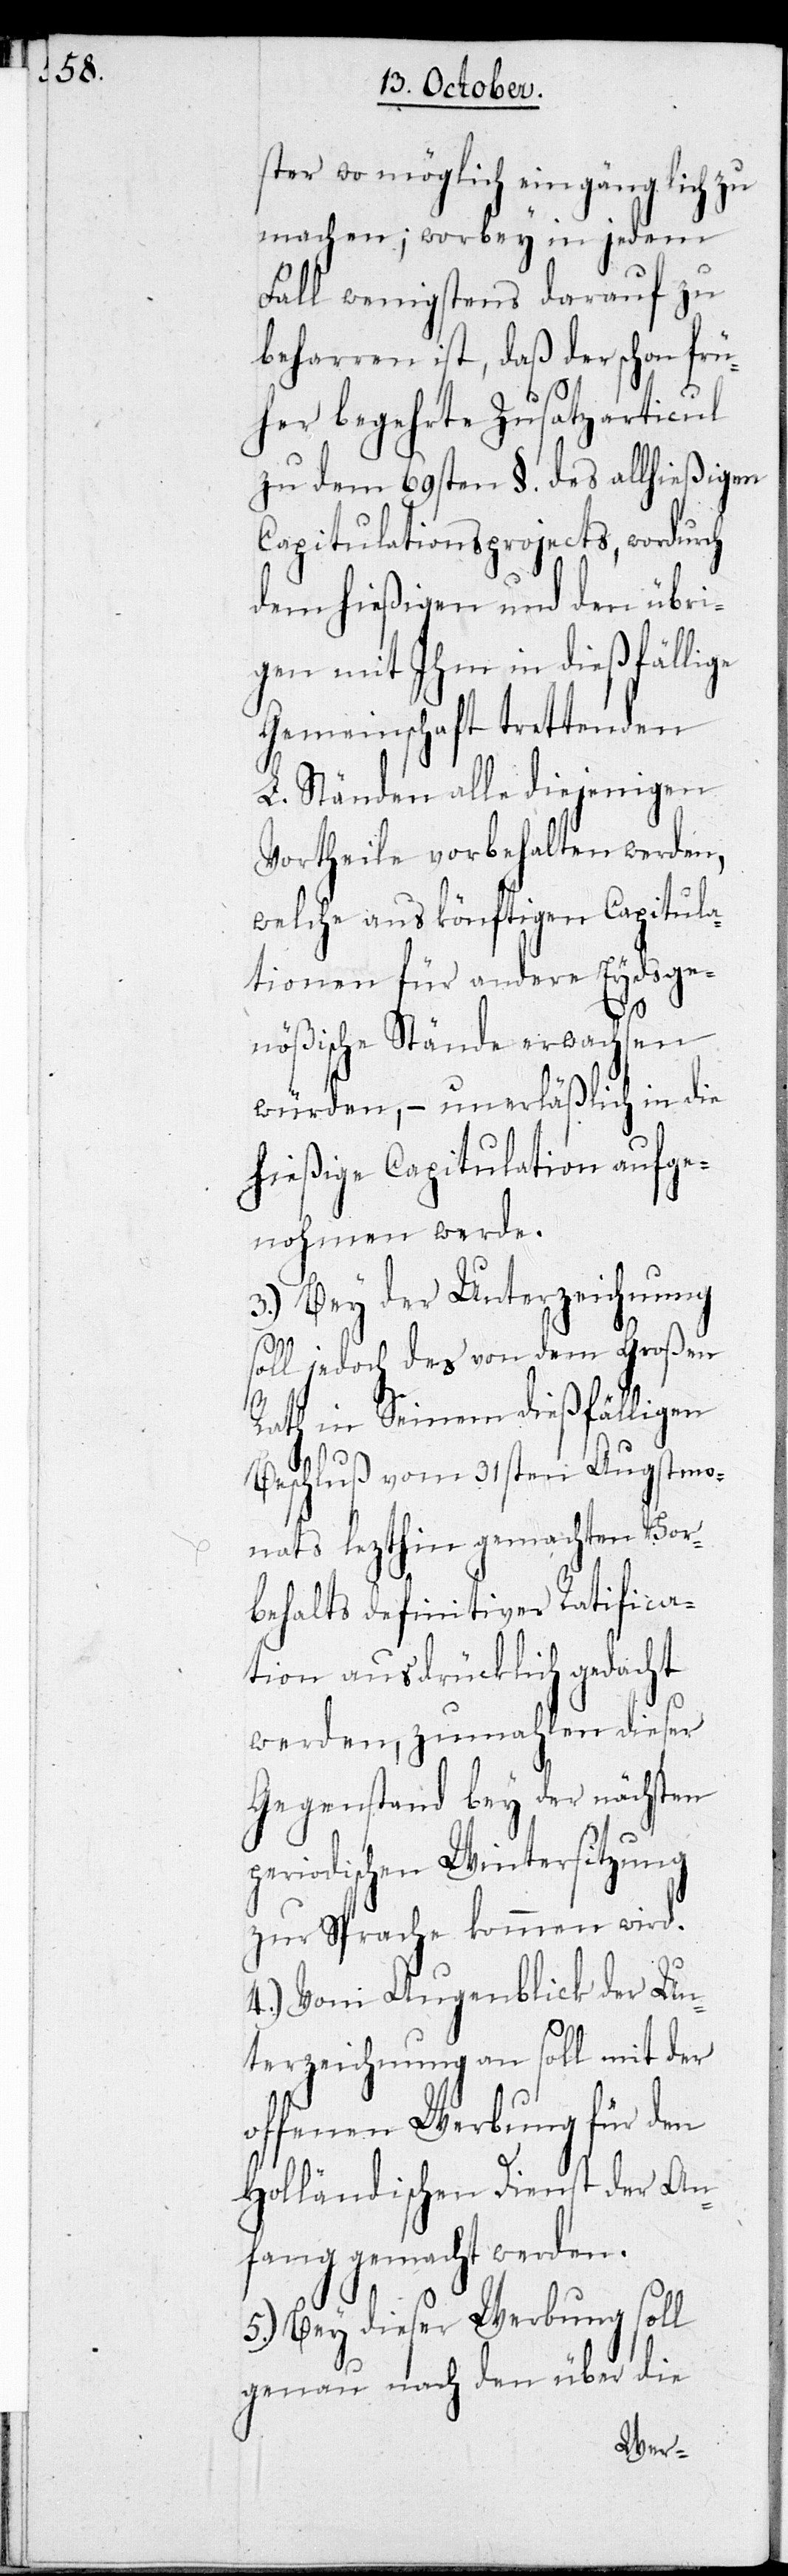
ster wo möglich eingänglich zu
machen; worbey in jedem
Fall wenigstens darauf zu
beharren ist, daß der schon frü¬
her begehrte Zusatzarticul
zu dem 69sten §. des allhießigen
Capitulationsprojects, wordurch
dem hießigen und den übri¬
gen mit Ihm in dießfällige
Gemeinschaft trettenden
L. Ständen alle diejenigen
Vortheile vorbehalten werden,
welche aus könftigen Capitula¬
tionen für andere Eydsge¬
nößische Stände erwachsen
würden, – unerläßlich in die
hießige Capitulation aufge¬
nohmen werde.
3.) Bey der Unterzeichnung
soll jedoch des von dem Großen
Rath in seinen dießfälligen
Beschluß vom 31sten Augstmo¬
nats lezthin gemachten Vor¬
behalts definitiver Ratifica¬
tion ausdrücklich gedacht
werden, zumahlen dieser
Gegenstand bey der nächsten
periodischen Wintersitzung
zur Sprache kommen wird.
4.) Vom Augenblick der Un¬
terzeichnung an soll mit der
offenen Werbung für den
Holländischen Dienst der An¬
fang gemacht werden.
5.) Bey dieser Werbung soll
genau nach den über die